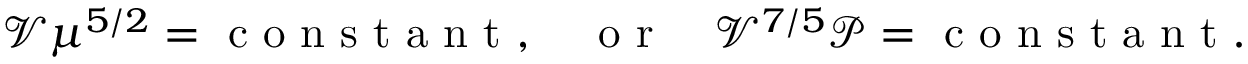
\begin{array} { r } { \mathcal { V } \mu ^ { 5 / 2 } = \mathrm { ~ c ~ o ~ n ~ s ~ t ~ a ~ n ~ t ~ } , \quad \mathrm { ~ o ~ r ~ } \quad \mathcal { V } ^ { 7 / 5 } \mathcal { P } = \mathrm { ~ c ~ o ~ n ~ s ~ t ~ a ~ n ~ t ~ } . } \end{array}